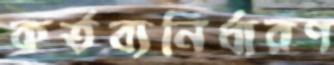
কর্তব্যনির্ধারণ